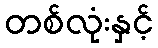
တစ်လုံးနှင့်